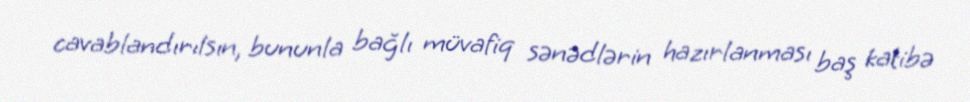
cavablandırılsın, bununla bağlı müvafiq sənədlərin hazırlanması baş katibə